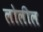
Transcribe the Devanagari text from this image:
लोलील